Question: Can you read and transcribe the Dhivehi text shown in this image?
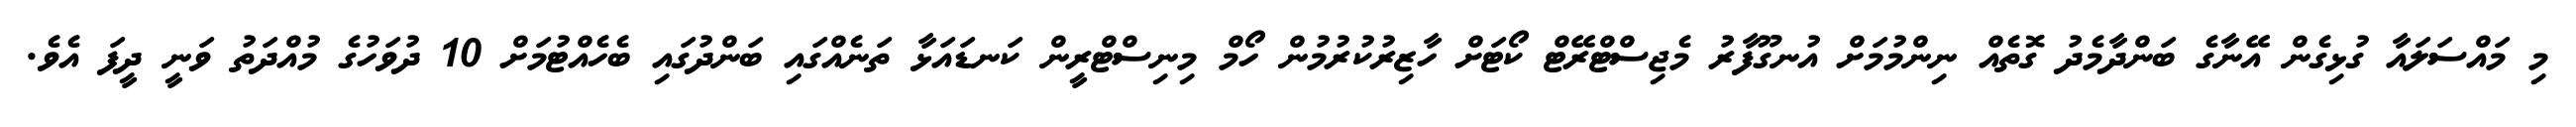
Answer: މި މައްސަލައާ ގުޅިގެން އޭނާގެ ބަންދާމެދު ގޮތެއް ނިންމުމަށް އުނގޫފާރު މެޖިސްޓްރޭޓް ކޯޓަށް ހާޒިރުކުރުމުން ހޯމް މިނިސްޓްރީން ކަނޑައަޅާ ތަނެއްގައި ބަންދުގައި ބެހެއްޓުމަށް 10 ދުވަހުގެ މުއްދަތު ވަނީ ދީފަ އެވެ.